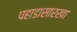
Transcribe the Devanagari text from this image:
पहाडासारखा